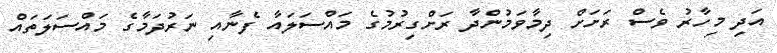
އަދި މިހާރު ވެސް ރަށަށް ދިމާވަމުންދާ ރަށްގިރުމުގެ މައްސަލައާ ފެނާއި ނަރުދަމާގެ މައްސަލަތައް